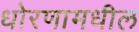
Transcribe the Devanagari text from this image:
धोरणामधील